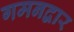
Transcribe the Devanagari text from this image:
गमनद्वार